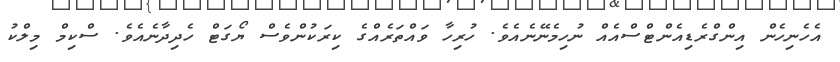
އެހެނިހެން އިންގްރެޑިއެންޓްސްއެއް ނުހިމެނޭނެއެވެ. ހުރިހާ ވައްތަރެއްގެ ކިރަކުންވެސް ޔޯގަޓް ހެދިދާނެއެވެ. ސްކިމް މިލްކު